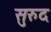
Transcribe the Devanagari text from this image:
सुरुद